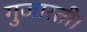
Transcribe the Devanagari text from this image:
गुजारती।